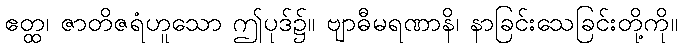
ဧတ္ထ၊ ဇာတိဇရံဟူသော ဤပုဒ်၌။ ဗျာဓီမရဏာနိ၊ နာခြင်းသေခြင်းတို့ကို။